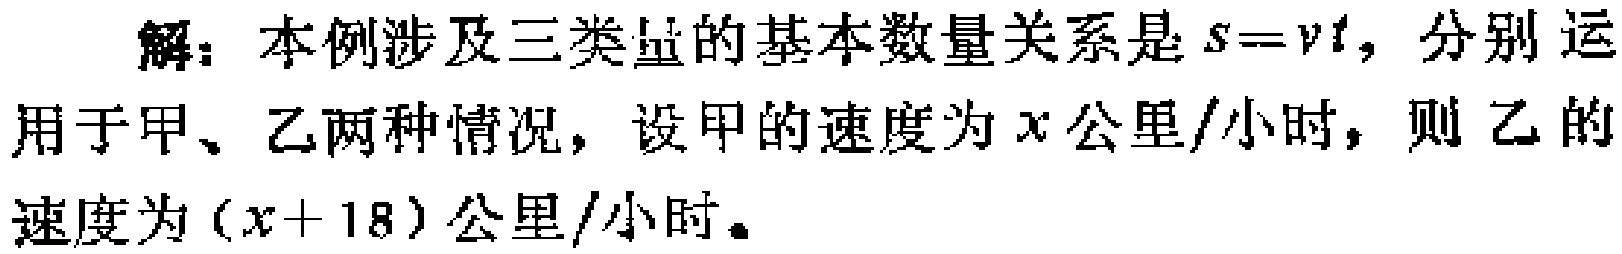
解：本例涉及三类量的基本数量关系是\(s = vt\)，分别运用于甲、乙两种情况，设甲的速度为\(x\)公里/小时，则乙的速度为\((x + 18)\)公里/小时。